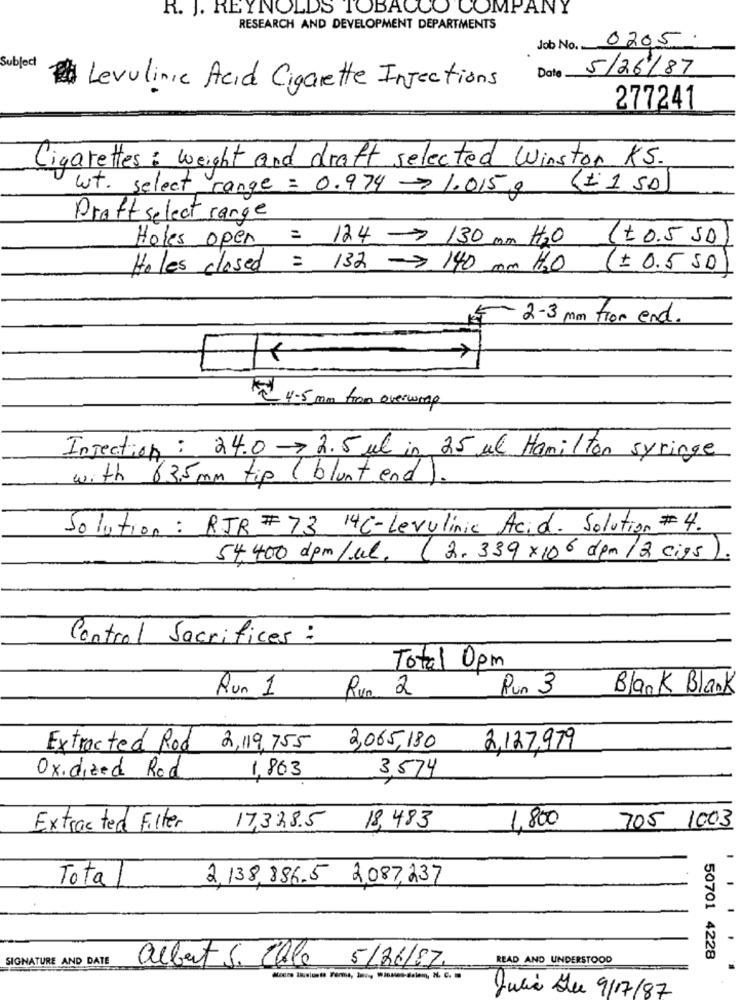
R. J. REYNOLDS TOBACCO COMPANY
RESEARCH AND DEVELOPMENT DEPARTMENTS
0205
Job No.
Subject
Date
5/26/87
Levulinic Acid Cigarette Injections
277241
Cigarettes : weight and draft selected Winston KS.
wt. select range = 0.974 1.015 g
(€1 50
Draft select range
Holes open = 124 - 130 pm H2O
+ 0.5 50
Holes closed = 132 -> 140 mm HO
(= 0.5 50
2-3 mm from end.
4-5 mm fran overwoog
Injection : 24.0 2.5 ml in 25 ul Hamilton syringe
with 63.5mm tip (blunt end ).
Solution: RJR # 73 14C-Levulinic Acid. Solution #4.
54.400 dpm /ul.
(2. 339 x106 dpm /2 ciss)
Control Sacrifices :
Total 0pm
Run 1
Pun 3
Blank Blank
Run
Extracted Rod
2,119,755
2,065,180
2,12.7,979
Oxidized Rod
1,863
3,574
705 1003
Extracted Filter
17,338.5
18, 483
1,800
Tota
2,138,886.5 2,087,237
SIGNATURE AND DATE
albert S. Elle 5/06/87.
READ AND UNDERSTOOD
50701 4228
Julia Lue 9/17/87